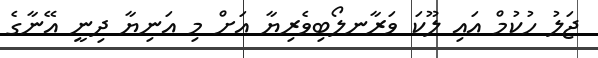
ޖަލު ހުކުމް އައި ލޫކަ ވަރާނލޯބިވެރިޔާ އަށް މި އަނިޔާ ދިނީ އޭނާގެ